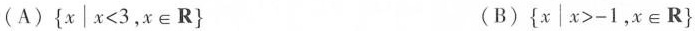
(A){x|$$x < 3$$,x\inR} (B){x|$$x > - 1$$,x\inR}